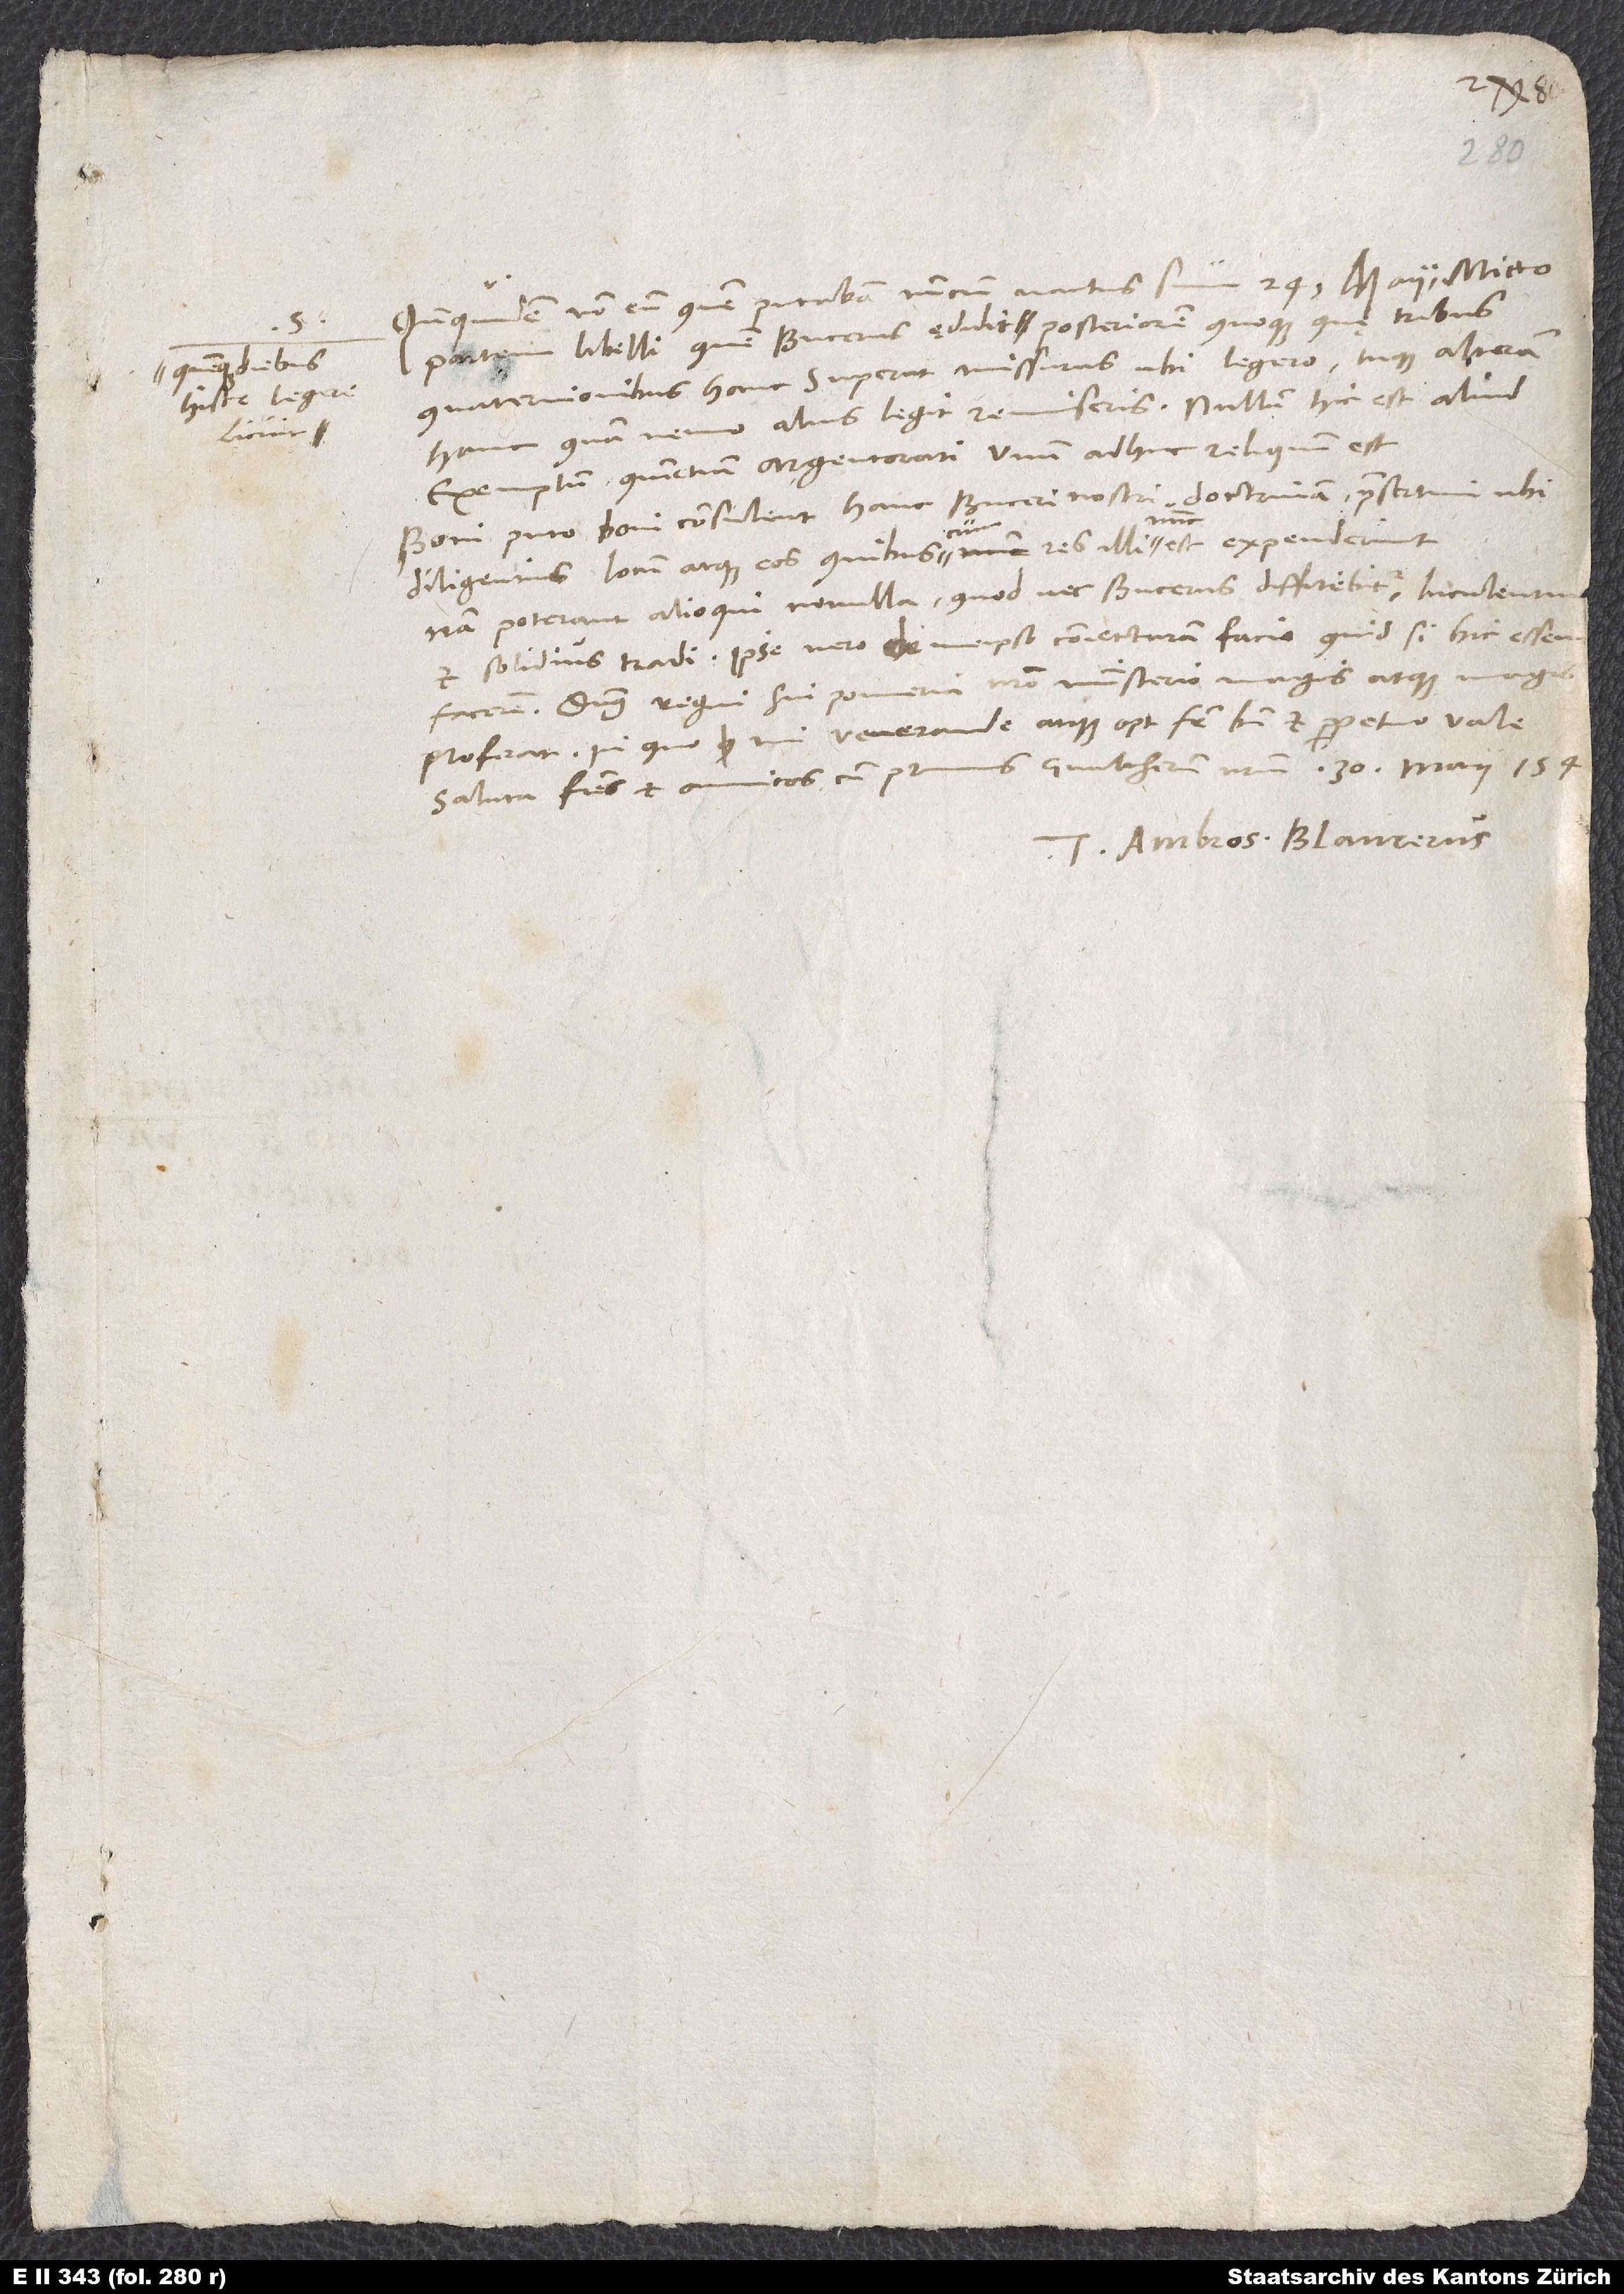
S.
hisce legere
licuit,

Quandoquidem non eum, quem putabam, nuncium nactus sum 24. maii, mitto
quaternionibus hanc superat, missurus, ubi legero, tuque alteram
alius legit, remiseris. Nullum hic est aliud
hanc, quam nemo
exemplum, quinetiam Argentorati unum adhuc reliquum est.
Boni, puto, boni consulent hanc Buceri nostri doctrinam, praesertim ubi
diligentius locum atque eos, quibuscum res illi nunc est, expenderint;
nam poterant alioqui nonnulla, quod nec Bucerus diffitebitur, luculentius
et solidius tradi. Ipse vero de meipso coniecturam facio, quid, si hic essem,
Dominus regni sui pomerio nostro ministerio magis atque magis
proferat! In quo, mi venerande atque optime frater, bene et perpetuo vale.
Saluta fratres et amicos, cum primis Gvaltherum nostrum. 30. maii 154.
Tuus Ambros. Blaurerus.